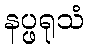
နပ္ဖရုသံ